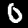
Digit: 0